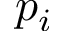
p _ { i }